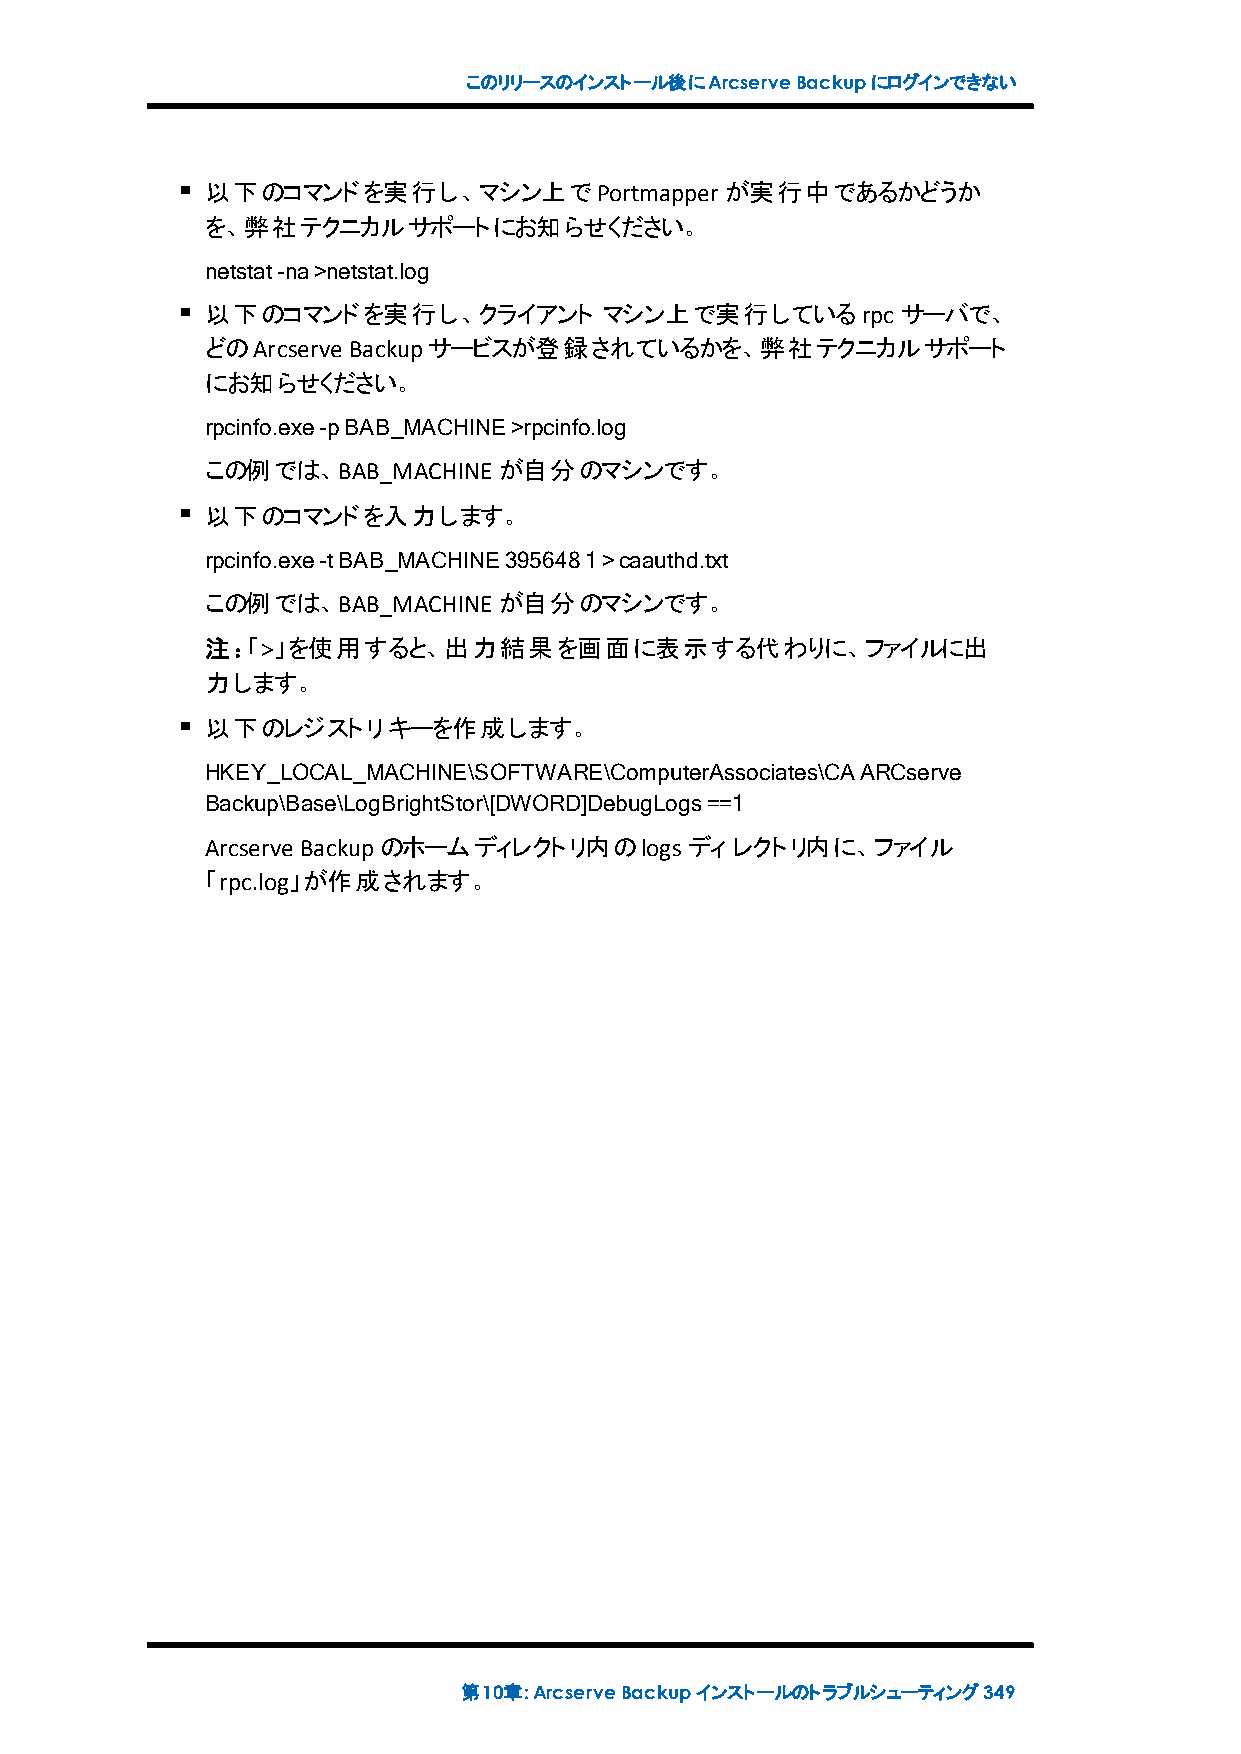
このリリースのインストール後にArcserveBackupにログインできない
 以下のコマンドを実行し、マシン上でPortmapper       が実行中であるかどうか
 を、弊社テクニカルサポートにお知らせください。
 netstat-na>netstat.log
 以下のコマンドを実行し、クライアント        マシン上で実行しているrpc      サーバで、
 どのArcserve Backupサービスが登録されているかを、弊社テクニカルサポート
 にお知らせください。
 rpcinfo.exe-pBAB_MACHINE>rpcinfo.log
 この例では、BAB_MACHINE  が自分のマシンです。
 以下のコマンドを入力します。
 rpcinfo.exe-tBAB_MACHINE3956481>caauthd.txt
 この例では、BAB_MACHINE  が自分のマシンです。
 注：「>」を使用すると、出力結果を画面に表示する代わりに、ファイルに出
 力します。
 以下のレジストリキーを作成します。
 HKEY_LOCAL_MACHINE\SOFTWARE\ComputerAssociates\CAARCserve
 Backup\Base\LogBrightStor\[DWORD]DebugLogs==1
 Arcserve Backupのホームディレクトリ内のlogsディレクトリ内に、ファイル
 「rpc.log」が作成されます。
 第10章:ArcserveBackupインストールのトラブルシューティング349